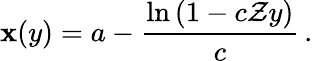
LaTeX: \mathbf{x}(y)=a-\frac{{\ln\left(1-c\mathcal{{Z}}y\right)}}{{c}}\, .